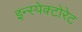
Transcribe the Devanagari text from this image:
इन्स्पेक्टोरेट